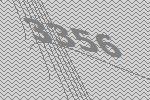
3356